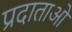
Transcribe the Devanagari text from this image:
प्रदाताओ